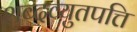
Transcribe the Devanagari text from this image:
शब्दव्युतपत्ति